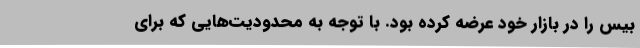
بیس را در بازار خود عرضه کرده بود. با توجه به محدودیت‌هایی که برای